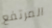
المرتفع